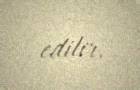
edilir.